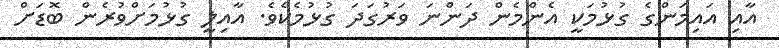
އާއި އައިމަންގެ ގުޅުމަކީ އެންމެން ދަންނަ ވަރުގަދަ ގުޅުމެކެވެ. އާއިލީ ގުޅުމަށްވުރެން ބޮޑަށް